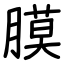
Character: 膜